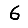
Digit: 6